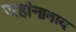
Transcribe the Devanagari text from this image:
जहांनाबाद